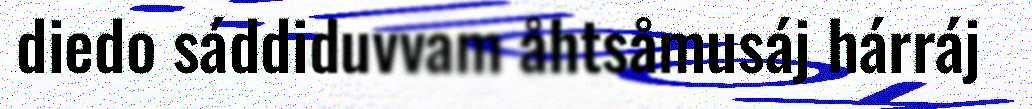
diedo sáddiduvvam åhtsåmusáj hárráj